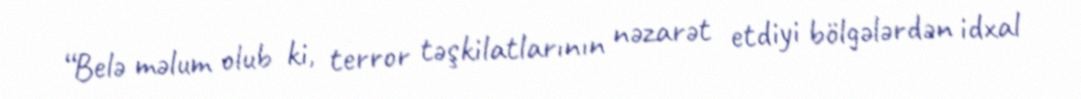
“Belə məlum olub ki, terror təşkilatlarının nəzarət etdiyi bölgələrdən idxal